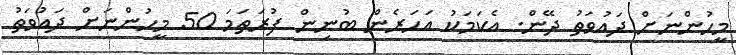
މީހުންނަށް ދައުވަތު ދޭން. އެކަމަކު އަހަރެން ބުނިން ފުރަތަމަ 50 މީހުންނަށް ދައުވަތު